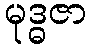
မုဒ္ဓဇာ